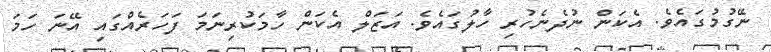
ނޭގުމުގައެވެ. އެކަން ނުދެނެހުރި ހާލުގައެވެ. އަޒަލް އެކަން ހާމަކުރިނަމަ ފަހަރެއްގައި އޭނަ ހަމަ